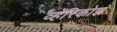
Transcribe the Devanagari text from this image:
व्हेरिकोझ